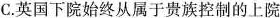
C.英国下院始终从属于贵族控制的上院